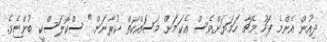
ދިއުން އެންމެ ފަހު މެޗާ ހަމަޔަށްވެސް އެކަމަށް މަސައްކަތް ކުރާނަން." ސްކޮލަސްކީ ބުންޏެވެ.